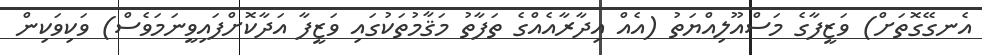
އެނގޭގޮތަށް) ވަޒީފާގެ މަސްއޫލިއްޔަތު (އެއް އިދާރާއެއްގެ ތަފާތު މަޤާމުތަކުގައި ވަޒީފާ އަދާކޮށްފައިވީނަމަވެސް) ވަކިވަކިން